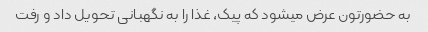
به حضورتون عرض میشود که پیک، غذا را به نگهبانی تحویل داد و رفت